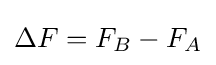
\Delta F=F_{B}-F_{A}